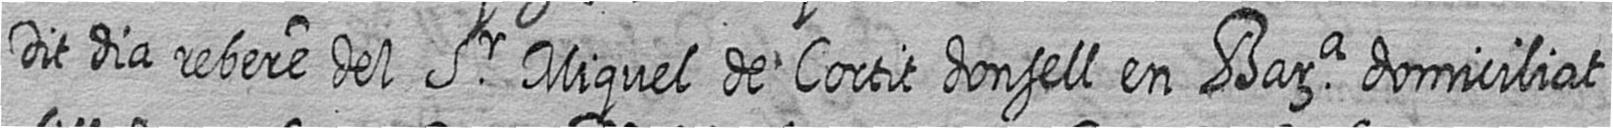
Dit dia rebere del Sr Miquel de Cortit donsell en Bara domiciliat